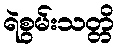
ရဲစွမ်းသတ္တိ